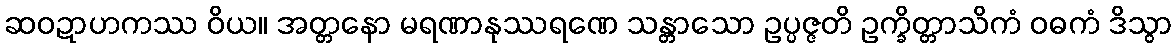
ဆဝဍာဟကဿ ဝိယ။ အတ္တနော မရဏာနုဿရဏေ သန္တာသော ဥပ္ပဇ္ဇတိ ဥက္ခိတ္တာသိကံ ဝဓကံ ဒိသွာ